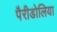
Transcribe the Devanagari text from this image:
पैरीडोलिया